Punjab Mental Hospital Lahore 1922-31 - 1922-1931
Year: 1922
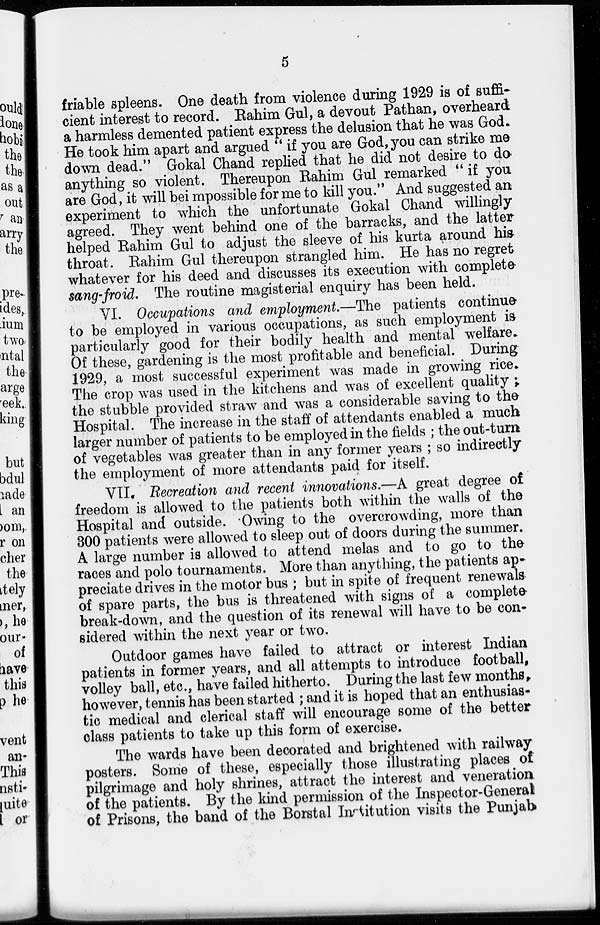
5
friable spleens. One death from violence during 1929 is of suffi-
cient interest to record. Rahim Gul, a devout Pathan, overheard
a harmless demented patient express the delusion that he was God-
He took him apart and argued " if you are God, you can strike me
down dead." Gokal Chand replied that he did not desire to do
anything so violent. Thereupon Rahim Gul remarked " if you
are God, it will be impossible for me to kill you." And suggested an
experiment to which the unfortunate Gokal Chand willingly
agreed. They went behind one of the barracks, and the latter
helped Rahim Gul to adjust the sleeve of his kurta around his
throat. Rahim Gul thereupon strangled him. He has no regret
whatever for his deed and discusses its execution with complete
sang-froid. The routine magisterial enquiry has been held.
VI. Occupations and employment.—The patients continue
to be employed in various occupations, as such employment is
particularly good for their bodily health and mental welfare.
Of these, gardening is the most profitable and beneficial. During
1929, a most successful experiment was made in growing rice.
The crop was used in the kitchens and was of excellent quality ;
the stubble provided straw and was a considerable saving to the
Hospital. The increase in the staff of attendants enabled a much
larger number of patients to be employed in the fields ; the out-turn
of vegetables was greater than in any former years ; so indirectly
the employment of more attendants paid for itself.
VII. Recreation and recent innovations.—A great degree of
freedom is allowed to the patients both within the walls of the
Hospital and outside. Owing to the overcrowding, more than
300 patients were allowed to sleep out of doors during the summer.
A large number is allowed to attend melas and to go to the
races and polo tournaments. More than anything, the patients ap-
preciate drives in the motor bus ; but in spite of frequent renewals
of spare parts, the bus is threatened with signs of a complete
break-down, and the question of its renewal will have to be con-
sidered within the next year or two.
Outdoor games have failed to attract or interest Indian
patients in former years, and all attempts to introduce football,
volley ball, etc., have failed hitherto. During the last few months,
however, tennis has been started ; and it is hoped that an enthusias-
tic medical and clerical staff will encourage some of the better
class patients to take up this form of exercise.
The wards have been decorated and brightened with railway
posters. Some of these, especially those illustrating places of
pilgrimage and holy shrines, attract the interest and veneration
of the patients. By the kind permission of the Inspector-General
of Prisons, the band of the Borstal Institution visits the Punjab